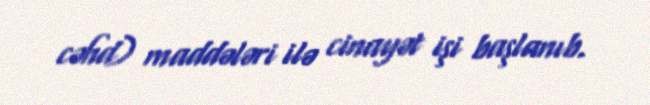
cəhd) maddələri ilə cinayət işi başlanıb.